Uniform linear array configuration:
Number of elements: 48
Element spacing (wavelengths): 1
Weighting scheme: binomial
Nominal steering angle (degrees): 15
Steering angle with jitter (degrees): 13.709
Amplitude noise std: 0.05
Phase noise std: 0.05

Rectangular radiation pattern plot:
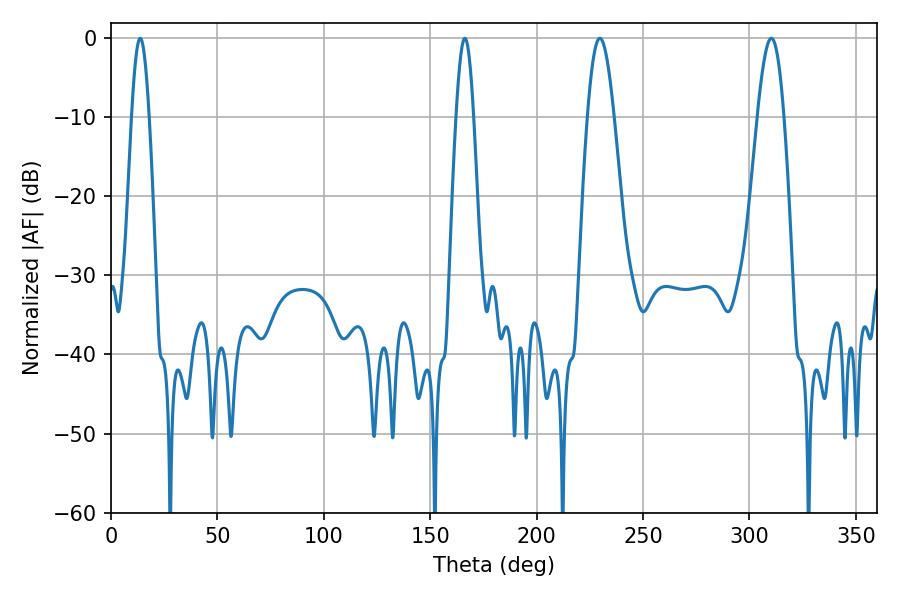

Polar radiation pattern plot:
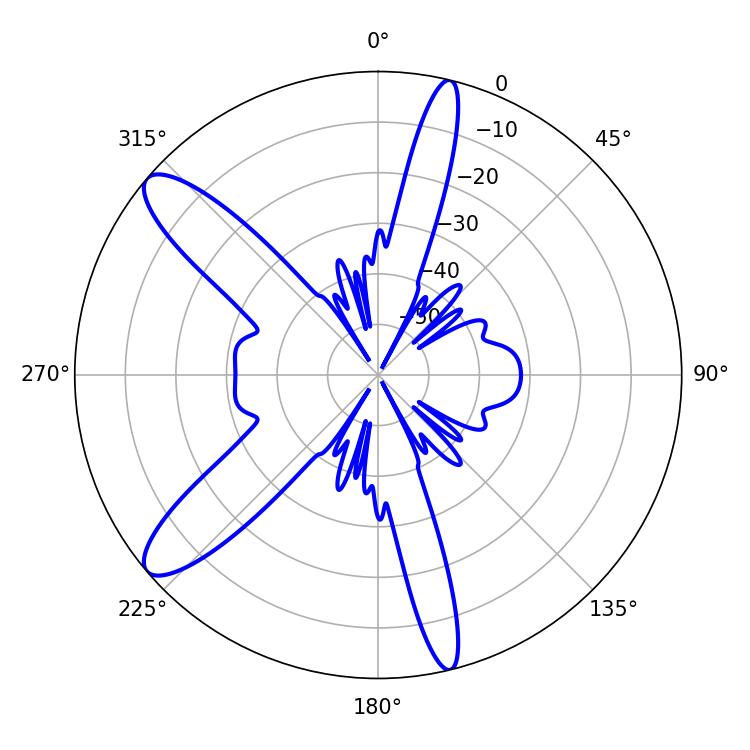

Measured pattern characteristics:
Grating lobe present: TRUE
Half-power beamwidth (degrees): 6.66
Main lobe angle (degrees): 229.68